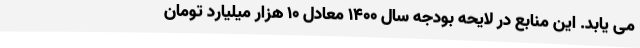
می یابد. این منابع در لایحه بودجه سال 1400 معادل 10 هزار میلیارد تومان